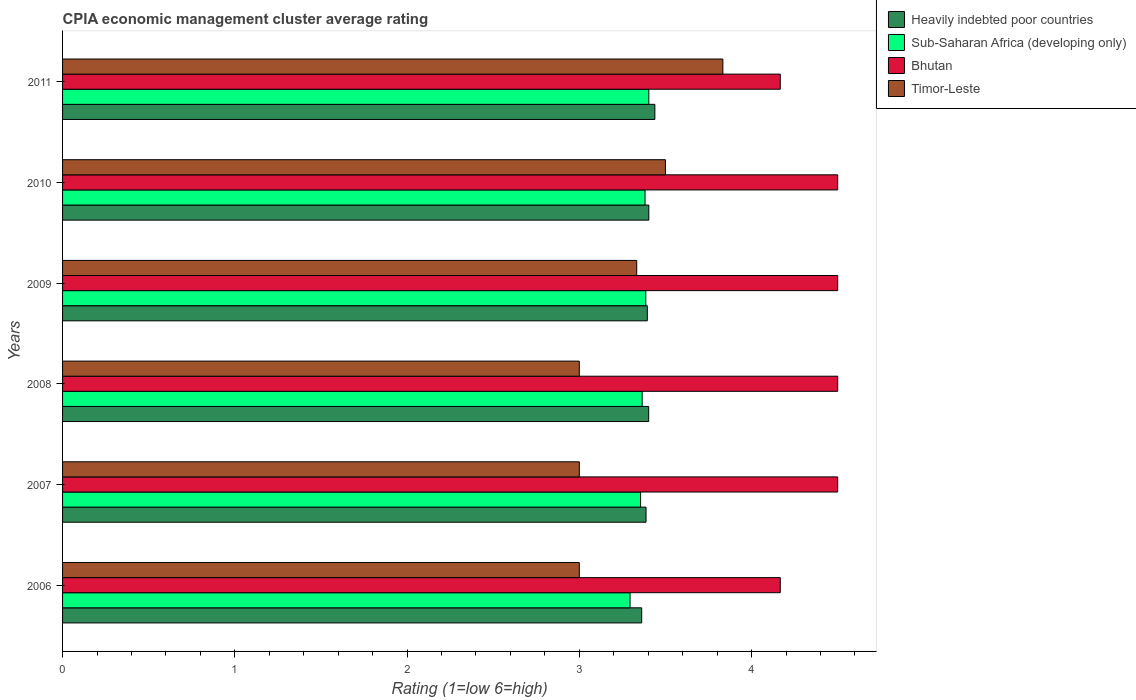
| Years | Heavily indebted poor countries | Sub-Saharan Africa (developing only) | Bhutan | Timor-Leste |
 | --- | --- | --- | --- | --- |
 | 2006 | 3.36 | 3.29 | 4.17 | 3 |
 | 2007 | 3.39 | 3.36 | 4.5 | 3 |
 | 2008 | 3.4 | 3.36 | 4.5 | 3 |
 | 2009 | 3.39 | 3.39 | 4.5 | 3.33 |
 | 2010 | 3.4 | 3.38 | 4.5 | 3.5 |
 | 2011 | 3.44 | 3.4 | 4.17 | 3.83 |